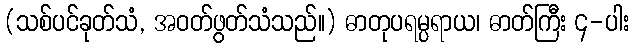
(သစ်ပင်ခုတ်သံ, အဝတ်ဖွတ်သံသည်။) ဓာတုပရမ္ပရာယ၊ ဓာတ်ကြီး ၄-ပါး